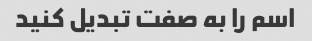
اسم را به صفت تبدیل کنید